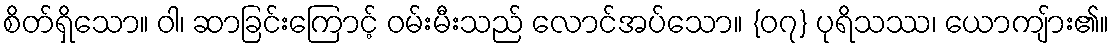
စိတ်ရှိသော။ ဝါ၊ ဆာခြင်းကြောင့် ဝမ်းမီးသည် လောင်အပ်သော။ {၀၇} ပုရိသဿ၊ ယောကျ်ား၏။